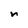
Character: n